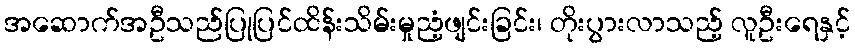
အဆောက်အဦသည်ပြုပြင်ထိန်းသိမ်းမှုညံ့ဖျင်းခြင်း၊ တိုးပွားလာသည့် လူဦးရေနှင့်